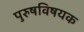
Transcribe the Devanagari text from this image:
पुरुषविषयक